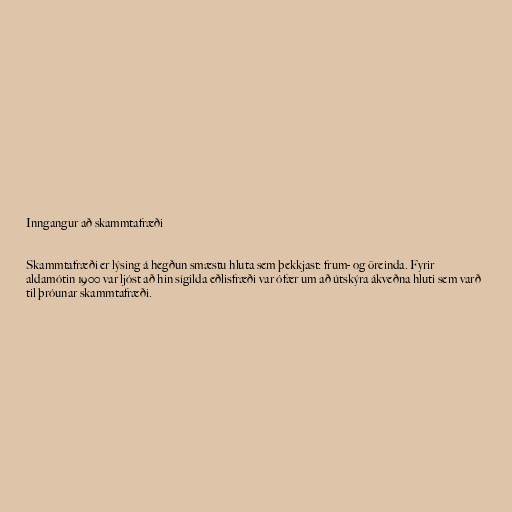
Inngangur að skammtafræði

Skammtafræði er lýsing á hegðun smæstu hluta sem þekkjast: frum- og öreinda. Fyrir
aldamótin 1900 var ljóst að hin sígilda eðlisfræði var ófær um að útskýra ákveðna hluti sem varð
til þróunar skammtafræði.